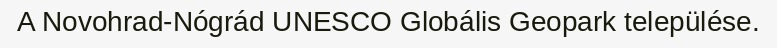
A Novohrad-Nógrád UNESCO Globális Geopark települése.